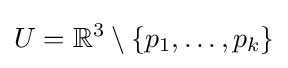
U=\mathbb {R} ^{3}\setminus \{p_{1},\ldots ,p_{k}\}